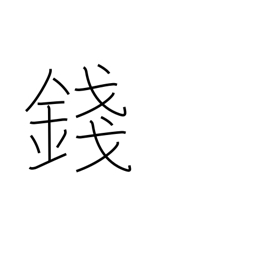
Meaning: 100th of yen